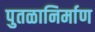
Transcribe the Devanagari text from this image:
पुतळानिर्माण